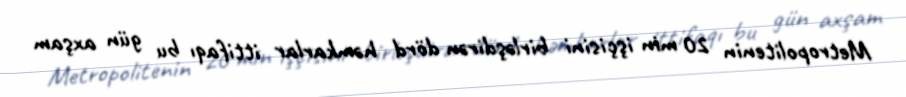
Metropolitenin 20 min işçisini birləşdirən dörd həmkarlar ittifaqı bu gün axşam